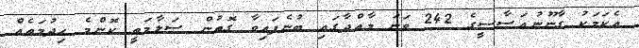
އެކަމަކު ގާނޫނުއަސާސީގެ 242 ވަނަ މާއްދާގައި ބުނެފައިވާ ގޮތުން ސަލާމަތީ ކޮންމެ ހިދުމަތެއް